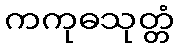
ကကုဓသုတ္တံ